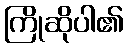
ကြိုဆိုပါ၏